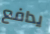
يدافع